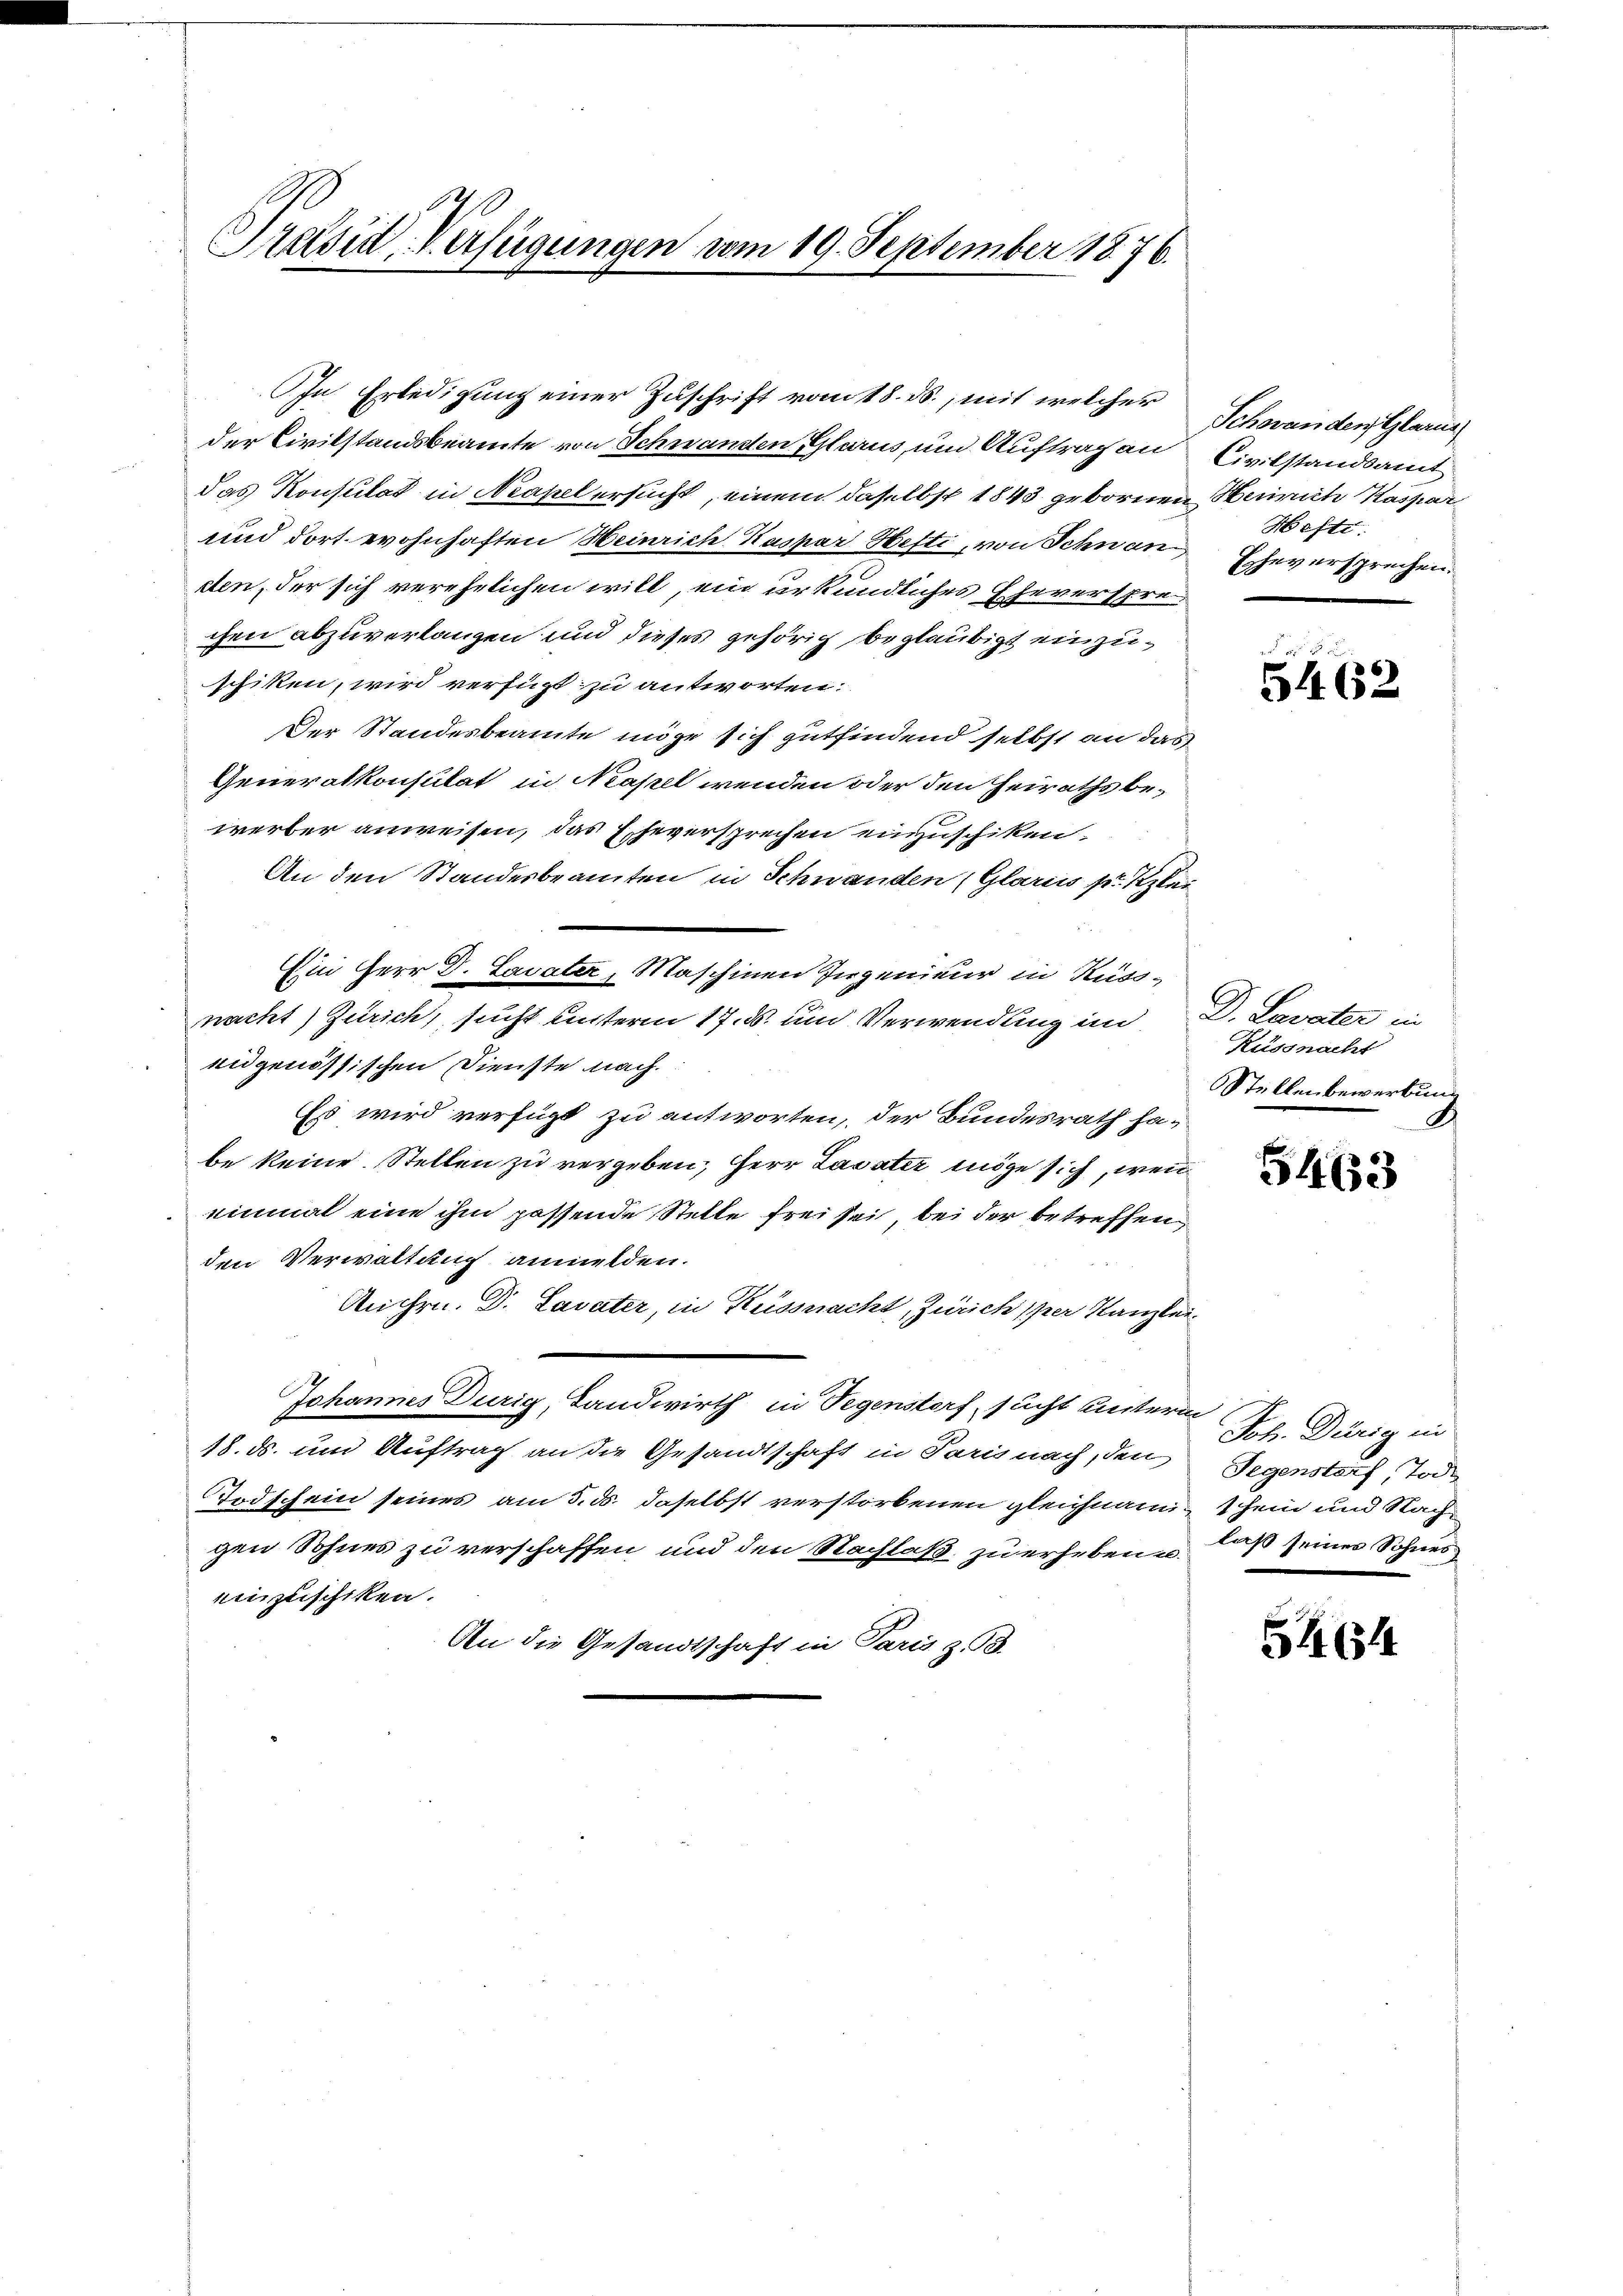
Präsid. Verfügungen vom 19. September 1876.

das Konsulat in Neapel ersucht, einem daselbst 1843 gebornen Heinrich Kaspar
und dort wohnhaften Heinrich Kaspar Hefti, von Schnan Eheversprechen.
den, der sich verehelichen will, ein urkundliches Eheversprechen abzuverlangen und dieses gehörig beglaubigt einzuschiken, wird verfügt zu antworten:
Der Standesbeamte möge sich gutfindend selbst an das
Generalkonsulat in Neapel wenden oder den Heiraths bewerber anweisen, das Eheversprechen einzuschiken.
An den Standesbeamten in Schwanden (Glarus pr. Klar
nacht) Zürich, sucht unterm 17. ds. und Verwendung im D. Lavater in
eidgenössischen Dienste nach
Es wird verfügt zu antworten, der Bundesrath habe keine Stellen zu vergeben, Herr Lavater möge sich, wenn
einmal eine ihm passende Stelle frei sei, bei der betreffen,
den Verwaltung anmelden.
An hrn. Dr. Lavater, in Küssnacht, Zürich per Kanzlei¬
Johannes Durig, Landwirth in Segenstorf, sucht unterm
48. ds. und Auftrag an die Gesandtschaft in Paris nach, den
Todschein seines am 5. ds. daselbst verstorbenen gleichnam 1 sein und Nachgen Sohnes zu verschaffen und den Nachlaß zu erheben, daß seines Sohnes
einzuschiken.
An die Gesandtschaft in Paris z. B.

In Erledigung einer Zuschrift vom 18. ds., mit welcher
der Civilstandsbeamte von Schnanden, Glarus, um Auftrag an Civilstandsamt

Ein Herr D. Lavater, Maschinen Ingenieur in Kuss¬

Schwanden, Glarus
Hefte.

5462

Küssnacht
Stellen bewerbung
4

5463

Joh. Dürig in
Gegenstorf Tode

5464